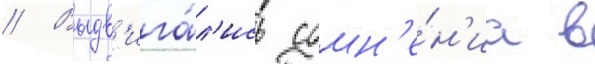
// Выдв'ига́л'ись сомн'е́н'иа в